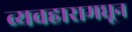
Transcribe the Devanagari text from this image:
व्यवहारामधून